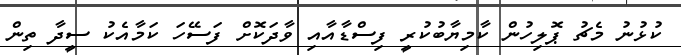
ކުޅުނު މެޗު ޕޮލިހުން ކާމިޔާބުކުރީ ފިސްޑާއާއި ވާދަކޮށް ފަސޭހަ ކަމާއެކު ސީދާ ތިން